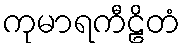
ကုမာရကီဠိတံ